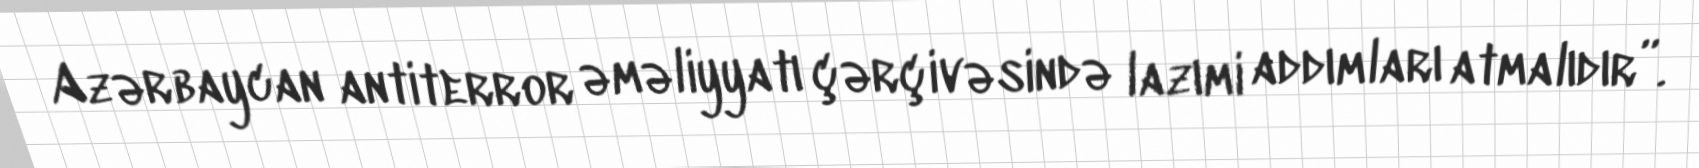
Azərbaycan antiterror əməliyyatı çərçivəsində lazımi addımları atmalıdır”.